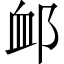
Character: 䘏